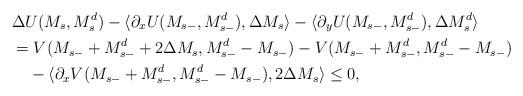
LaTeX: \begin{align*} &\Delta U(M_s,M^d_s)-\langle \partial_x U(M_{s-},M^d_{s-}),\Delta M_s\rangle - \langle \partial_y U(M_{s-},M^d_{s-}),\Delta M^d_s\rangle\\ &= V(M_{s-}+M^d_{s-}+2\Delta M_s,M^d_{s-}-M_{s-})- V(M_{s-}+M^d_{s-},M^d_{s-}-M_{s-})\\ &\quad-\langle \partial_x V(M_{s-}+M^d_{s-},M^d_{s-}-M_{s-}),2\Delta M_s\rangle \leq 0,\end{align*}